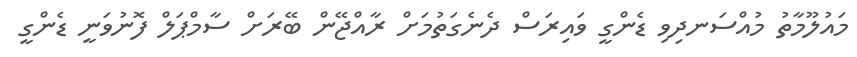
މައުލޫމާތު މުއްސަނދިވި ޑެންގީ ވައިރަސް ދެނެގަތުމަށް ރާއްޖޭން ބޭރަށް ސާމްޕަލް ފޮނުވަނީ ޑެންގީ